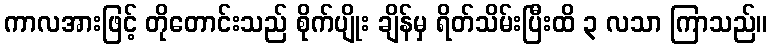
ကာလအားဖြင့် တိုတောင်းသည် စိုက်ပျိုး ချိန်မှ ရိတ်သိမ်းပြီးထိ ၃ လသာ ကြာသည်။